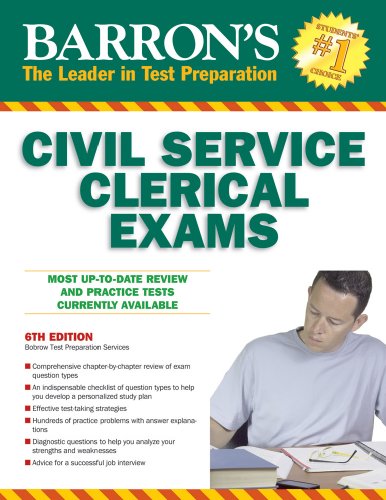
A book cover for Barron's Civil Service Clerical Exam; Test Preparation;